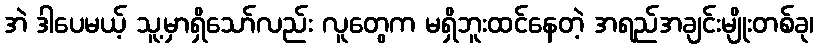
အဲ ဒါပေမယ့် သူ့မှာရှိသော်လည်း လူတွေက မရှိဘူးထင်နေတဲ့ အရည်အချင်းမျိုးတစ်ခု၊